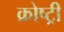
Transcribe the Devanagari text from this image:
क्रोष्ट्री